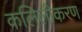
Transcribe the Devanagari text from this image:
कलिलीकरण